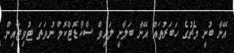
އޭނާ ބުނީ މެޗުގެ ހަބަރުތައް އޭނާ ބަލާނީ ލައިވް ސްކޯޑޮޓްކޮމް ނުވަތަ ޓުވިޓާއިން